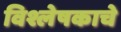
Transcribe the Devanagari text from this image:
विश्लेषकाचे